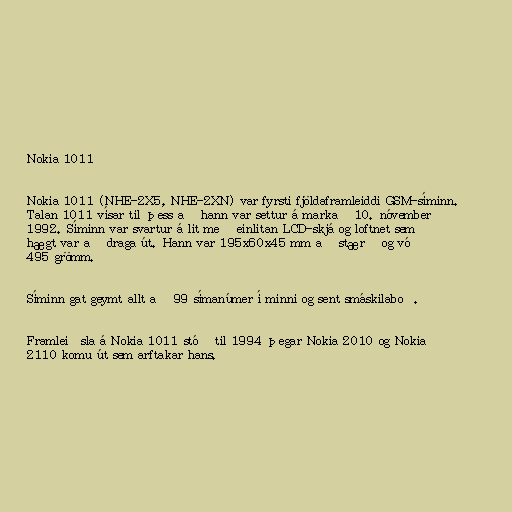
Nokia 1011

Nokia 1011 (NHE-2X5, NHE-2XN) var fyrsti fjöldaframleiddi GSM-síminn.
Talan 1011 vísar til þess að hann var settur á markað 10. nóvember
1992. Síminn var svartur á lit með einlitan LCD-skjá og loftnet sem
hægt var að draga út. Hann var 195x60x45 mm að stærð og vó
495 grömm.

Síminn gat geymt allt að 99 símanúmer í minni og sent smáskilaboð.

Framleiðsla á Nokia 1011 stóð til 1994 þegar Nokia 2010 og Nokia
2110 komu út sem arftakar hans.